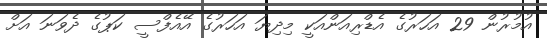
އުމުރުން 29 އަހަރުގެ އެޑްރިއަންއަކީ މިދިޔަ އަހަރުގެ އޭއެފްސީ ކަޕުގެ ދެވަނަ އަށް